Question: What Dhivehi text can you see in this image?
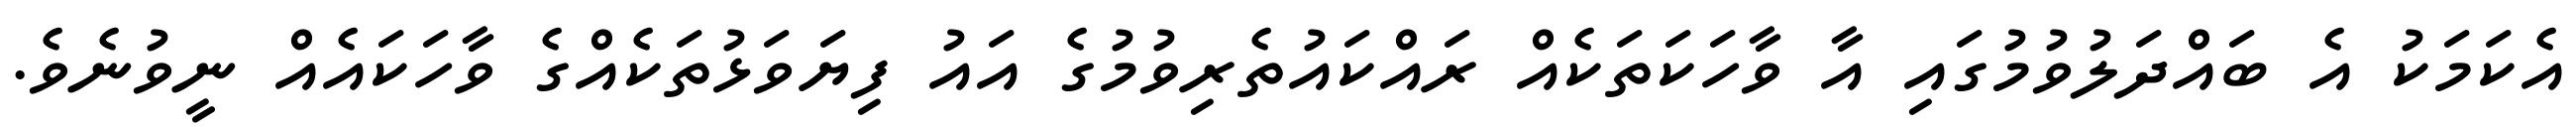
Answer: އެކަމަކު އެ ބައްދަލުވުމުގައި އާ ވާހަކަތަކެއް ރައްކައުތެރިވުމުގެ އައު ފިޔަވަޅުތަކެއްގެ ވާހަކައެއް ނީވުނެވެ.